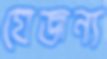
যেজন্য